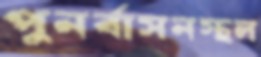
পুনর্বাসনস্থল